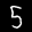
Label: 5